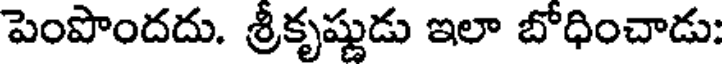
పెంపొందదు. శ్రీకృష్ణుడు ఇలా బోధించాడు: